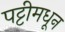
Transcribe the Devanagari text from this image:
पट्टीमधून